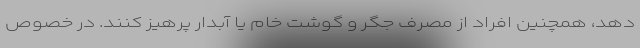
دهد، همچنین افراد از مصرف جگر و گوشت خام یا آبدار پرهیز کنند. در خصوص